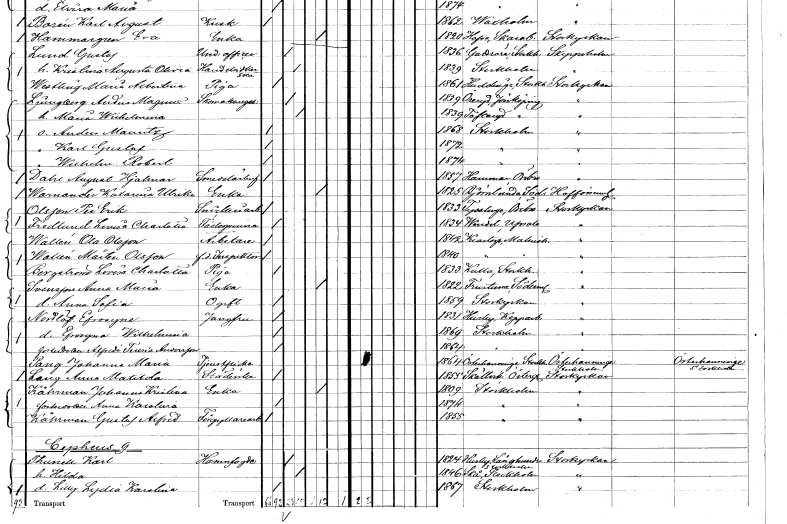
gt_parse: households: individuals: FN: Anders Mauritz
KON: M
CIV: O
FODAR: 1868
FODFORS: Stockholm
FN: Karl Gustaf
KON: M
CIV: O
FODAR: 1872
FODFORS: Stockholm
FN: Wilhelm Robert
KON: M
CIV: O
FODAR: 1874
FODFORS: Stockholm
FN: August Hjalmar
EN: Dahl
YRKE: Smedslärling
KON: M
CIV: O
FODAR: 1857
FODFORS: Hammar Örebro län
FN: Katarina Ulrika
EN: Warnander
YRKE: Änka
KON: K
CIV: E
FODAR: 1825
FODFORS: Björnlunda Södermanlands län
FN: Per Erik
EN: Olsson
YRKE: Snickeriarbetare
KON: M
CIV: O
FODAR: 1833
FODFORS: Tysslinge Örebro län
FN: Lovisa Charlotta
EN: Fredlund
KON: K
CIV: O
FODAR: 1834
FODFORS: Vendel Uppsala län
FN: Ola
EN: Wallén Olsson
YRKE: Arbetare
KON: M
CIV: O
FODAR: 1842
FODFORS: Klagstorp Malmöhus län
FN: Mårten
EN: Wallén Olsson
YRKE: Inspektor f.d.
KON: M
CIV: O
FODAR: 1840
FODFORS: Klagstorp Malmöhus län
FN: Lovisa Charlotta
EN: Bergström
YRKE: Piga
KON: K
CIV: O
FODAR: 1833
FODFORS: Kulla Stockholms län
FN: Anna Maria
EN: Svensson
YRKE: Änka
KON: K
CIV: E
FODAR: 1822
FODFORS: Frustuna Södermanlands län
FN: Anna Sofia
KON: K
CIV: O
FODAR: 1859
FODFORS: Storkyrkoförsamlingen Stockholms stad
FN: Efrosyne
EN: Nordlöf
YRKE: Jungfru
KON: K
CIV: O
FODAR: 1831
FODFORS: Husby Kopparbergs län
FN: Efrosyne Wilhelmina
KON: K
CIV: O
FODAR: 1869
FODFORS: Stockholm
FN: Alfrida Teresia
EN: Andersson
KON: K
CIV: O
FODAR: 1864
FODFORS: Stockholm
FN: Johanna Maria
EN: Pang
YRKE: Tjänsteflicka
KON: K
CIV: O
FODAR: 1864
FODFORS: Österhaninge Stockholms län
FN: Anna Matilda
EN: Lang
YRKE: Städerska
KON: K
CIV: O
FODAR: 1855
FODFORS: Skällvik Östergötlands län
FN: Johanna Kristina
EN: Kåhrman
YRKE: Änka
KON: K
CIV: E
FODAR: 1809
FODFORS: Stockholm
FN: Anna Karolina
KON: K
CIV: O
FODAR: 1874
FODFORS: Stockholm
FN: Gustaf Alfred
EN: Kåhrman
YRKE: Förgyllningsarbetare
KON: M
CIV: O
FODAR: 1855
FODFORS: Stockholm
FN: Karl
EN: Thunell
YRKE: Hamnfogde
KON: M
CIV: G
FODAR: 1824
FODFORS: Husby-Långhundra Uppsala län
FN: Hilda
KON: K
CIV: G
FODAR: 1846
FODFORS: Skå Stockholms län
FN: Lilly Lydia Karolina
KON: K
CIV: O
FODAR: 1867
FODFORS: Stockholm